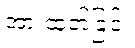
အားထုတ်ခြင်း